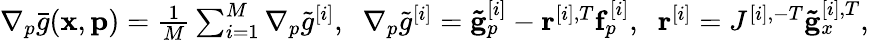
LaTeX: \begin{array}{r}{\nabla_{p}\bar{g}(\mathbf{x},\mathbf{p})=\frac{1}{M}\sum_{i=1}^{M}\nabla_{p}\tilde{g}^{[i]},\; \; \nabla_{p}\tilde{g}^{[i]}=\mathbf{\tilde{g}}_{p}^{[i]}-\mathbf{r}^{[i],T}\mathbf{f}_{p}^{[i]},\; \; \mathbf{r}^{[i]}=J^{[i],-T}\mathbf{\tilde{g}}_{x}^{[i],T},}\end{array}